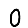
Digit: 0